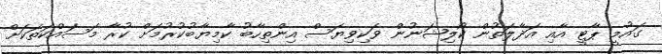
ގައުމީ ޕާޓީ އާއި އަދާލަތުން ކޯލިޝަނުން ވަކިވިޔަސް އިންތިހާބު ކާމިޔާބުކުރުމަށް ކުރާ މަސައްކަތަކަށް